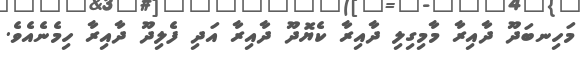
މަހިނބަދޫ ދާއިރާ މާމިގިލި ދާއިރާ ކެޔޮދޫ ދާއިރާ އަދި ފެލިދޫ ދާއިރާ ހިމެނެއެވެ.